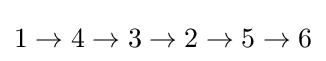
1\rightarrow 4\rightarrow 3\rightarrow 2\rightarrow 5\rightarrow 6